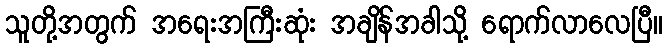
သူတို့အတွက် အရေးအကြီးဆုံး အချိန်အခါသို့ ရောက်လာလေပြီ။